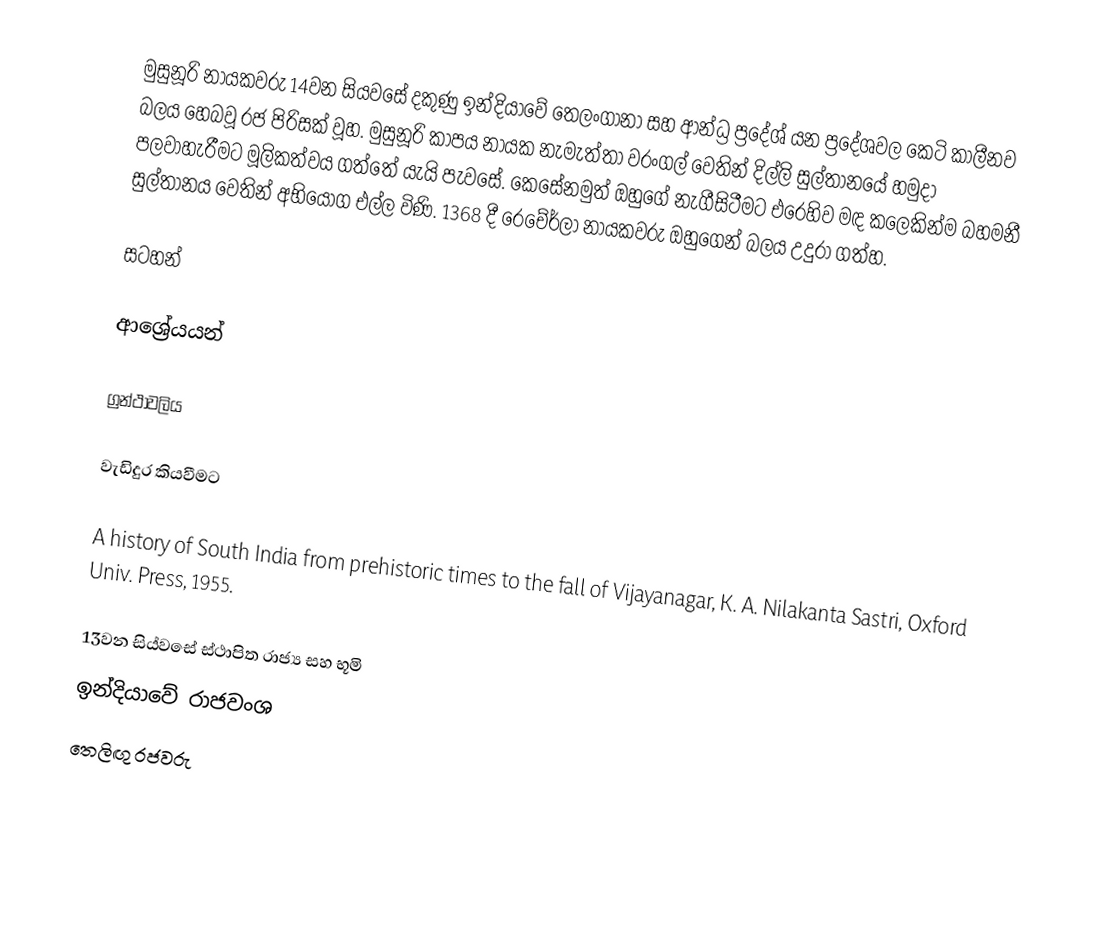
මුසුනූරි නායකවරු 14වන සියවසේ දකුණු ඉන්දියාවේ තෙලංගානා සහ ආන්ධ්‍ර ප්‍රදේශ් යන ප්‍රදේශවල කෙටි කාලීනව බලය හෙබවූ රජ පිරිසක් වූහ. මුසුනූරි කාපය නායක නැමැත්තා වරංගල් වෙතින් දිල්ලි සුල්තානයේ හමුදා පලවාහැරීමට මූලිකත්වය ගත්තේ යැයි පැවසේ. කෙසේනමුත් ඔහුගේ නැගීසිටීමට එරෙහිව මඳ කලෙකින්ම බහමනී සුල්තානය වෙතින් අභියෝග එල්ල විණි. 1368 දී රෙචේර්ලා නායකවරු ඔහුගෙන් බලය උදුරා ගත්හ.

සටහන්

ආශ්‍රේයයන්

ග්‍රන්ථාවලිය

වැඩිදුර කියවීමට

 A history of South India from prehistoric times to the fall of Vijayanagar, K. A. Nilakanta Sastri, Oxford Univ. Press, 1955.

13වන සිය්වසේ ස්ථාපිත රාජ්‍ය සහ භූමි
ඉන්දියාවේ රාජවංශ
තෙලිඟු රජවරු